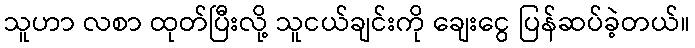
သူဟာ လစာ ထုတ်ပြီးလို့ သူငယ်ချင်းကို ချေးငွေ ပြန်ဆပ်ခဲ့တယ်။